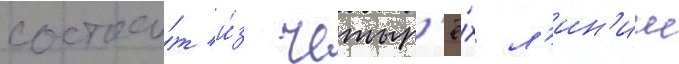
состои́т и́з четыр'ё́х л'ин'ии